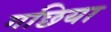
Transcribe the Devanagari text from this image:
गछिया